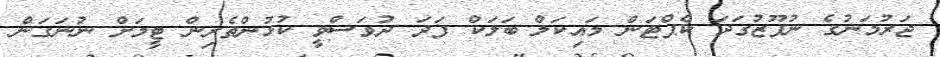
ޖަރުމަނުގެ ނުފޫޒުގަދަ ކެޕްޓަން މައިކަލް ބަލަކް ފަދަ ދުވަސްވީ ކުޅުންތެރިން ޓީމަށް ނުނަގަން